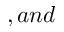
, a n d